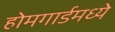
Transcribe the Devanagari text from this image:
होमगार्डमध्ये